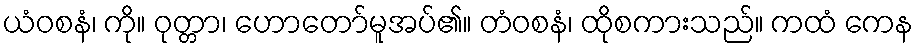
ယံဝစနံ၊ ကို။ ဝုတ္တာ၊ ဟောတော်မူအပ်၏။ တံဝစနံ၊ ထိုစကားသည်။ ကထံ ကေန